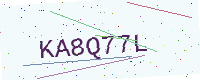
Text: KA8Q77L